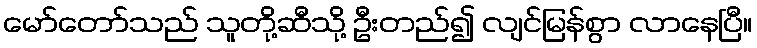
မော်တော်သည် သူတို့ဆီသို့ ဦးတည်၍ လျင်မြန်စွာ လာနေပြီ။